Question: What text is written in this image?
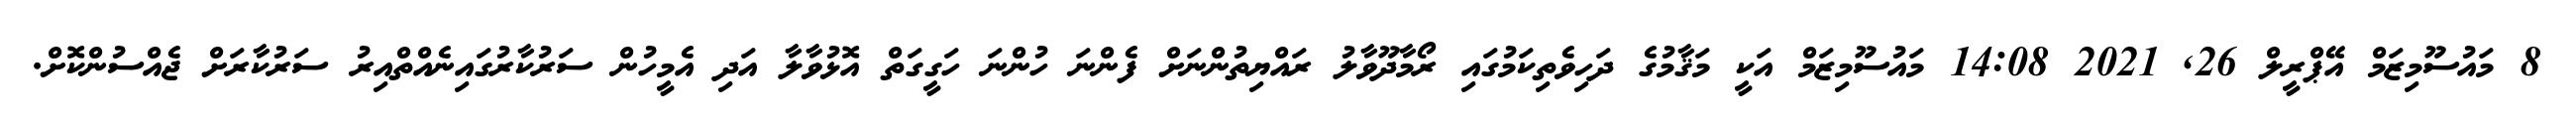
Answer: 8 މައުސޫމިޒަމް އޭޕްރީލް 26, 2021 14:08 މައުސޫމިޒަމް އަކީ މަޤާމުގެ ދަހިވެތިކަމުގައި ރޯމާދޫވާލު ރައްޔިތުންނަށް ފެންނަ ހުންނަ ހަގީގަތް އޮޅުވާލާ އަދި އެމީހުން ސަރުކާރުގައިނެއްތްއިރު ސަރުކާރަށް ޖެއްސުންކޮށް.